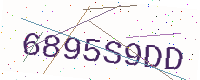
Text: 6895S9DD